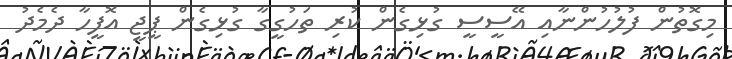
މިގޮތުން ފުލުހުންނާއި އޭސީސީ ގުޅިގެން ކުރި ތަހުގީގާ ގުޅިގެން ޕީޖީ އޮފީހާ ދެމެދު